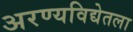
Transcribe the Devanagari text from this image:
अरण्यविद्येतला